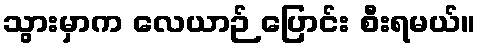
သွားမှာက လေယာဉ် ပြောင်း စီးရမယ်။